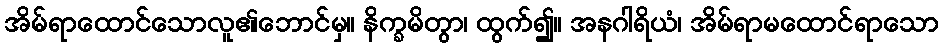
အိမ်ရာထောင်သောလူ၏ဘောင်မှ။ နိက္ခမိတွာ၊ ထွက်၍။ အနဂါရိယံ၊ အိမ်ရာမထောင်ရာသော